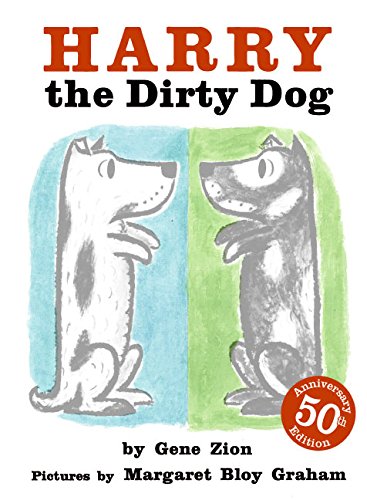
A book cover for Harry the Dirty Dog; Gene Zion; Children's Books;